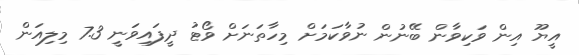
އީޔޫ އިން ވަކިވާން ބޭނުން ނުވާކަމަށް މިހާތަނަށް ވޯޓު ދީފައިވަނީ 7.3 މިލިއަން